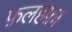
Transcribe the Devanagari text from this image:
फ़लहफ़ा